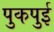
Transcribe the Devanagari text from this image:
पुकपुई